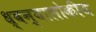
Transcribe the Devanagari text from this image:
ध्वन्यालोकीय